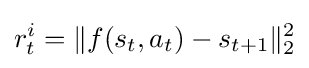
r_{t}^{i}=\|f(s_{t},a_{t})-s_{t+1}\|_{2}^{2}